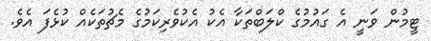
ޓީމުން ވަނީ އެ ގައުމުގެ ކްލަބްތަކާ އެކު އެކުވެރިކަމުގެ މެޗުތަކެއް ކުޅެފަ އެވެ.